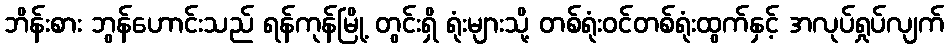
ဘိန်းစား ဘွန်ဟောင်းသည် ရန်ကုန်မြို့ တွင်းရှိ ရုံးများသို့ တစ်ရုံးဝင်တစ်ရုံးထွက်နှင့် အလုပ်ရှုပ်လျက်